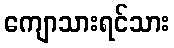
ကျောသားရင်သား